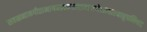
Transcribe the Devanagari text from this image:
सहस्रनामगीताभागवतभारतरामायणेशावास्याद्युपनिषद